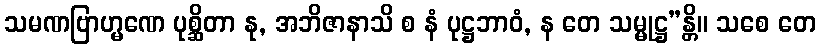
သမဏဗြာဟ္မဏေ ပုစ္ဆိတာ နု, အဘိဇာနာသိ စ နံ ပုဋ္ဌဘာဝံ, န တေ သမ္မုဋ္ဌ”န္တိ။ သစေ တေ